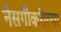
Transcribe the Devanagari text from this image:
नैसर्गीकरीत्या